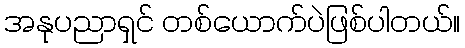
အနုပညာရှင် တစ်ယောက်ပဲဖြစ်ပါတယ်။